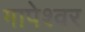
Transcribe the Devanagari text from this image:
गापेश्वर